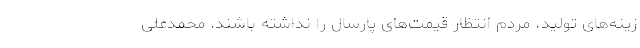
زینه‌های تولید، مردم انتظار قیمت‌های پارسال را نداشته باشند. محمدعلی